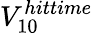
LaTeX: V_{10}^{hittime}